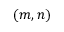
( m , n )